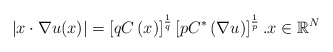
\begin{align*}\left\vert x\cdot\nabla u(x)\right\vert =\left[ qC\left( x\right) \right]^{\frac{1}{q}}\left[ pC^{\ast}\left( \nabla u\right) \right] ^{\frac{1}{p}}.x\in\mathbb{R}^{N}\end{align*}